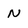
Character: N